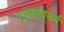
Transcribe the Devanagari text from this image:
ट्रांसड्यूसर्स